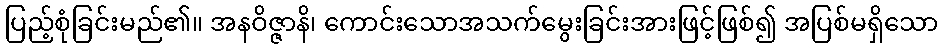
ပြည့်စုံခြင်းမည်၏။ အနဝိဇ္ဇာနိ၊ ကောင်းသောအသက်မွေးခြင်းအားဖြင့်ဖြစ်၍ အပြစ်မရှိသော